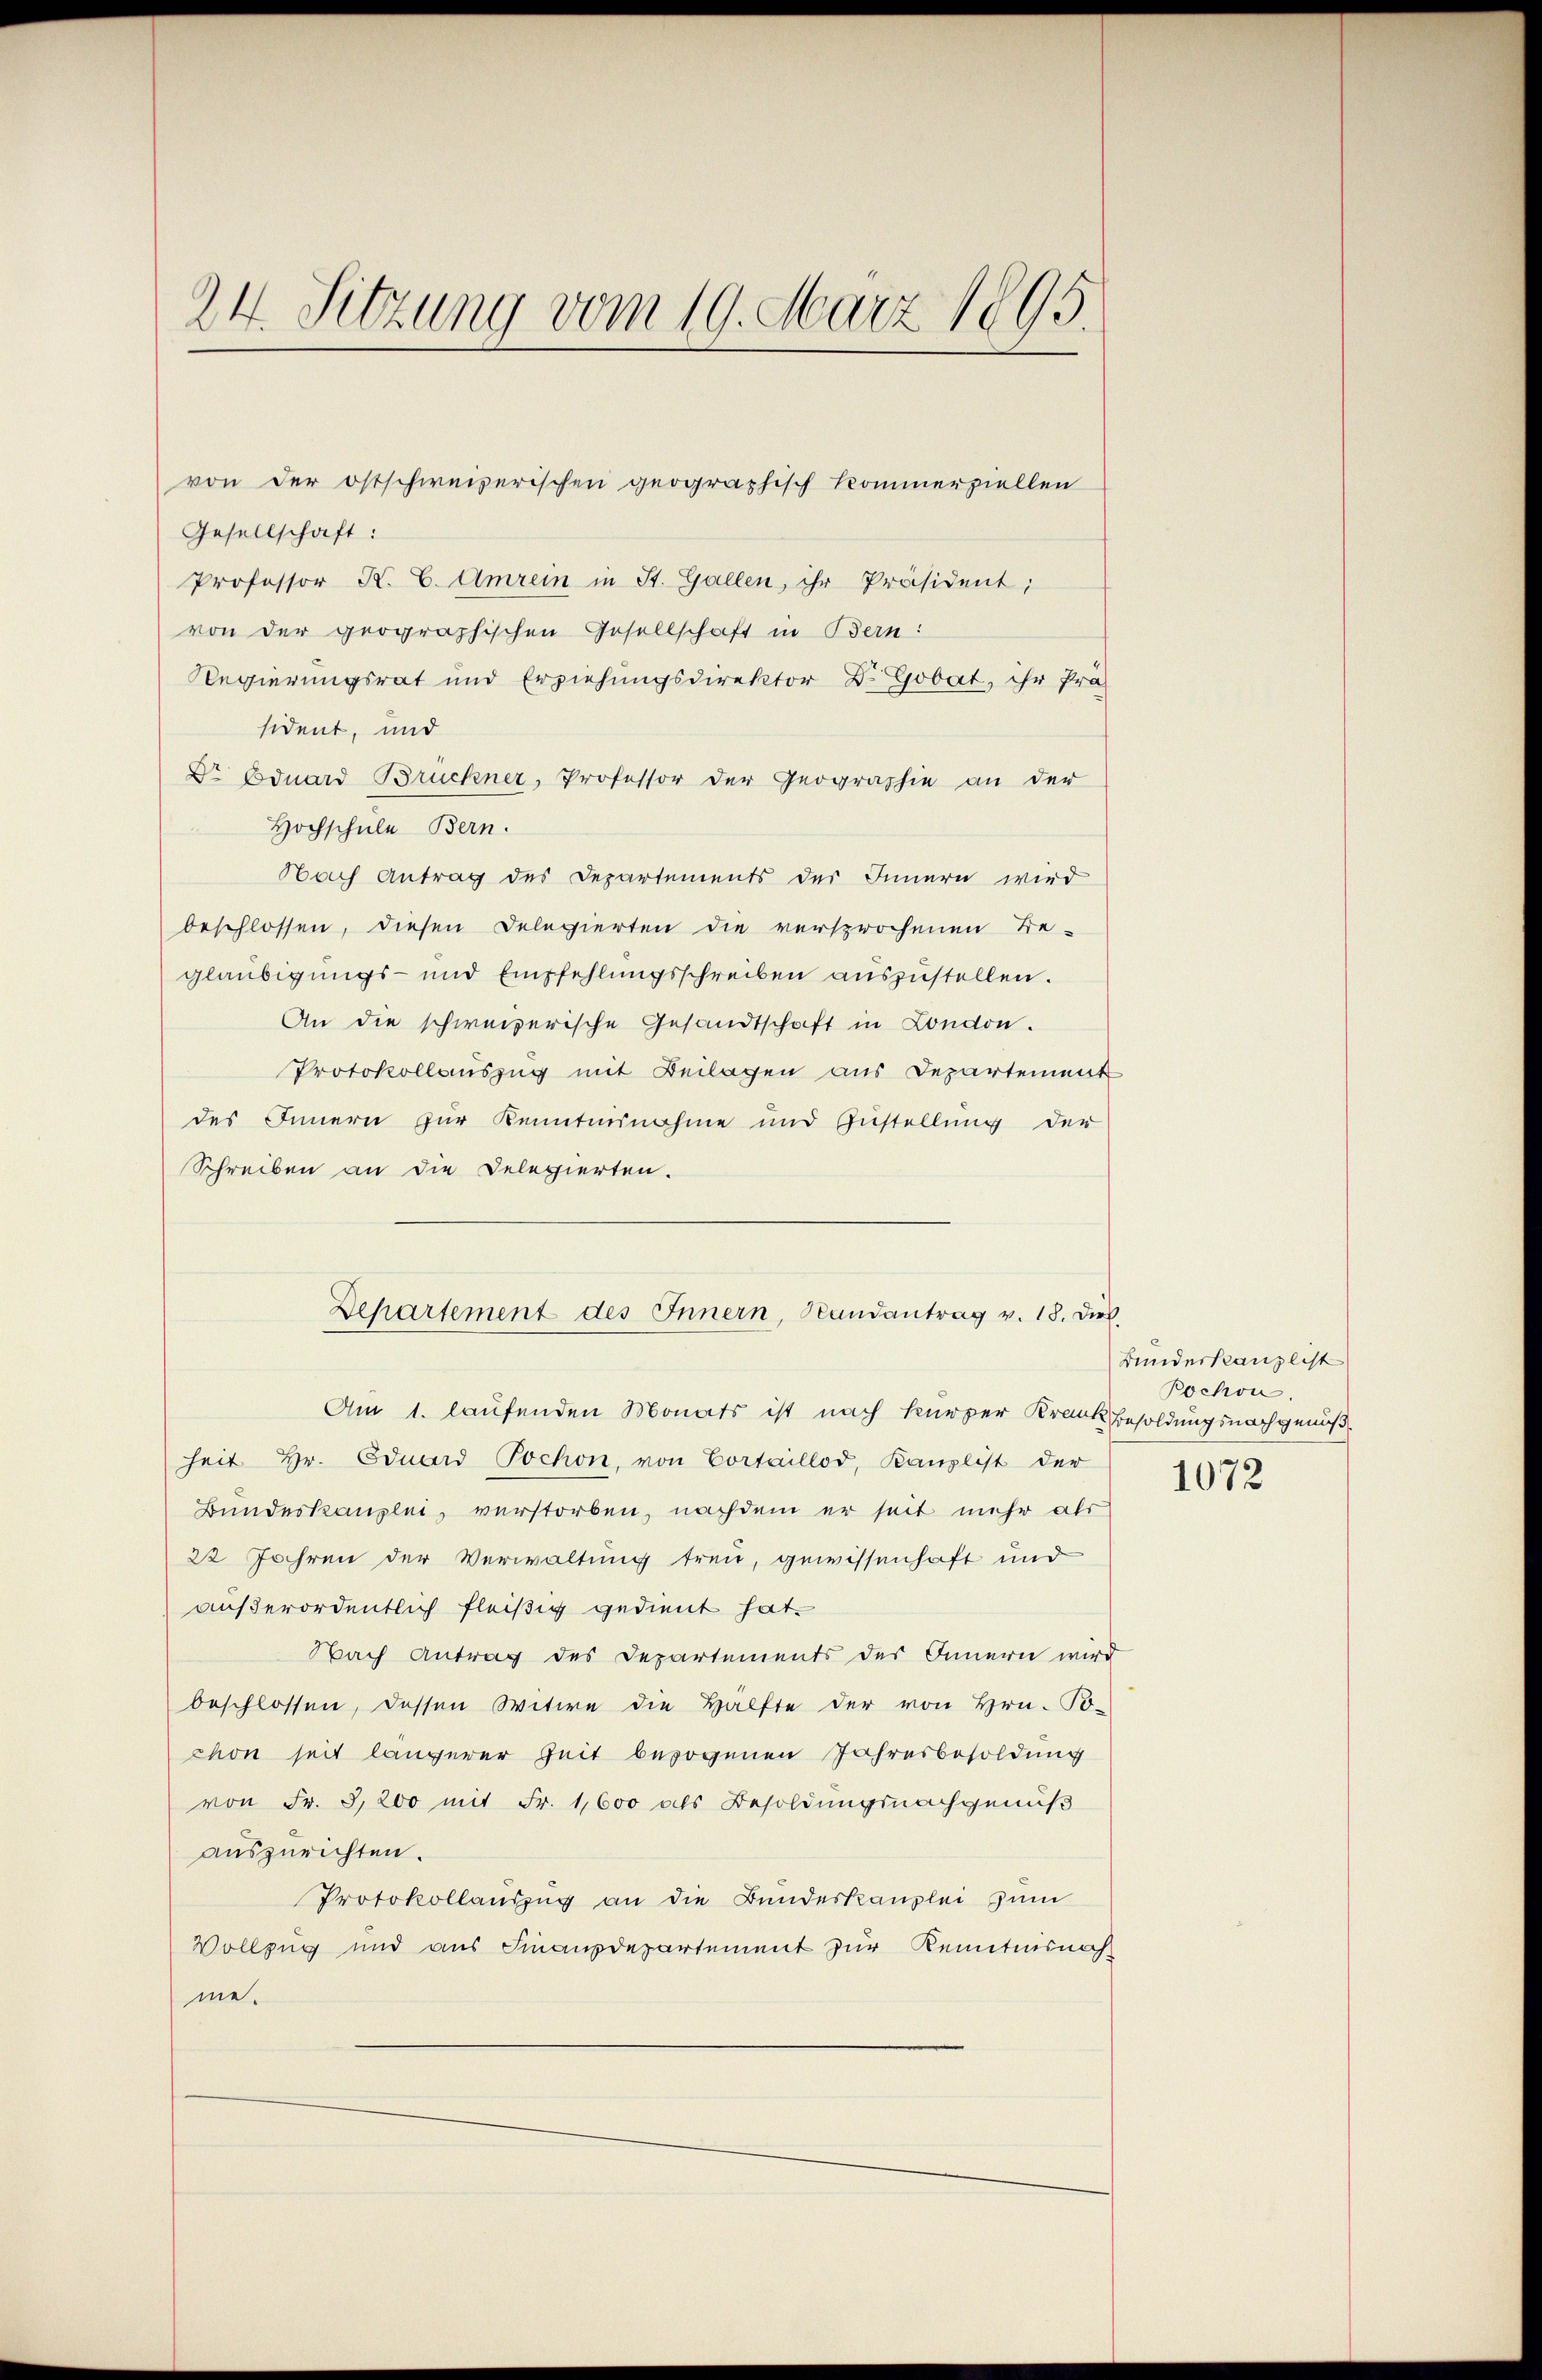
24. Sitzung vom 19. März 1895.

Gesellschaft:
Professor K. C. Amrein in St. Gallen, ihr Präsident;
von der geographischen Gesellschaft in Bern:
Regierungsrat und Erziehungsdirektor Dr. Gobat, ihr Prä
sident, und
Dr Eduard Bruckner, Professor der Geographie an der
Hochschule Bern.
Nach Antrag des Departements des Innern wird
beschlossen, diesen Delegierten die versprochenen Be-
gläubigungs- und Empfehlungsschreiben auszustellen.
An die schweizerische Gesandtschaft in London.
Protokollauszug mit Beilagen aus Departement
des Innern zur Kenntnisnahme und Zustellung der
Schreiben an die Delegierten.
Am 1. laufenden Monats ist nach kurzer Krank Besoldungsnachgenöß
heit Hr. Eduard Tochon, von Cortaillod, Kanzlist der
Bundeskanzlei, verstorben, nachdem er seit mehr als
22 Jahren der Verwaltung treu, gewissenhaft und
außerordentlich fleißig gedient hat.
Nach Antrag des Departements des Innern wird
beschlossen, dessen Witwe die Hälfte der von Hrn. Po-
chon seit längerer Zeit bezogenen Jahresbesoldung
von Fr. 3,200 mit Fr. 1,600 als Besoldungsnachgenuß
auszurichten.
Protokollauszug an die Bundeskanzlei zum
Vollzug und aus Finanzdepartement zur Kenntnisnah
me.

von der ostschweizerischen geographisch kommerziellen

Departement des Innern, Randantrag v. 18. Dir.

Bundeskanzlist
Pochon.

1072